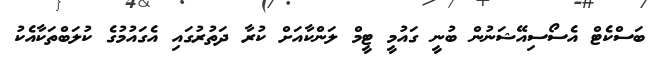
ބަސްކެޓް އެސޯސިއޭޝަނުން ބުނީ ގައުމީ ޓީމް ލަންކާއަށް ކުރާ ދަތުރުގައި އެގައުމުގެ ކުލަބްތަކާއެކު